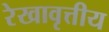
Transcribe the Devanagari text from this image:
रेखावृत्तीय